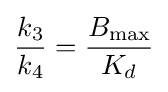
{\frac {k_{3}}{k_{4}}}={\frac {B_{\max }}{K_{d}}}